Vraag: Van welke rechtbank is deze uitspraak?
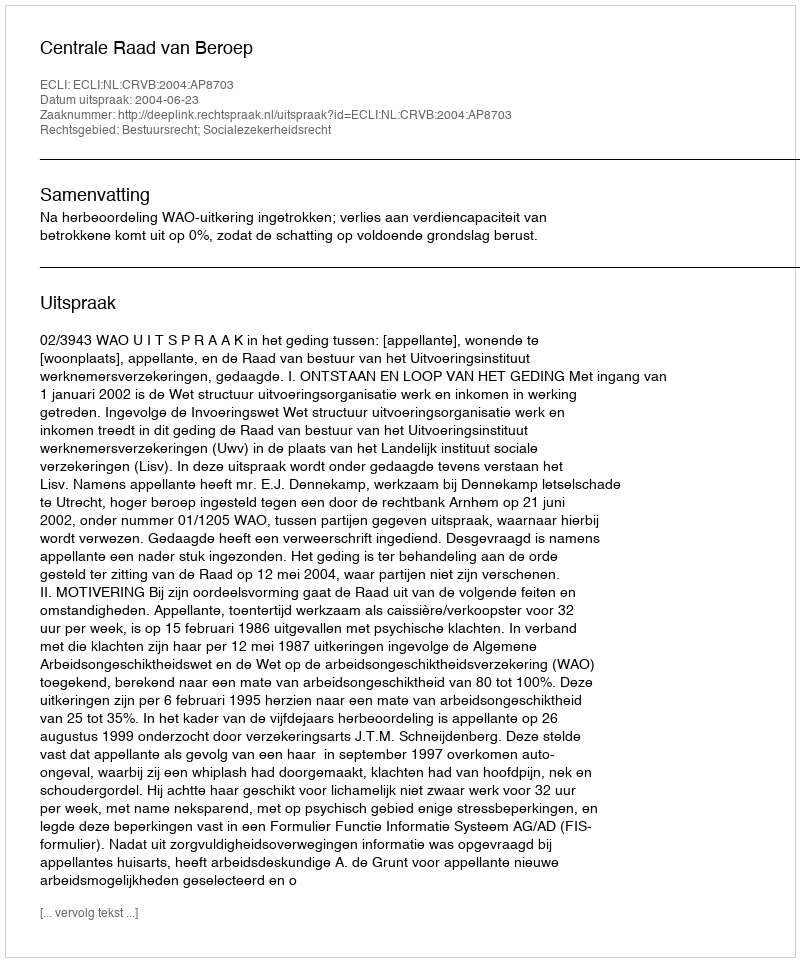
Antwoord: Centrale Raad van Beroep